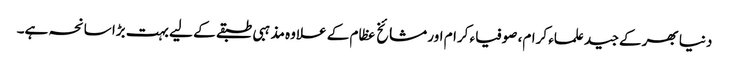
دنیا بھر کے جید علماء کرام، صوفیاء کرام اور مشائخ عظام کے علاوہ مذہبی طبقے کے لیے بہت بڑا سانحہ ہے۔